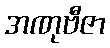
အဏုဗီဇာ